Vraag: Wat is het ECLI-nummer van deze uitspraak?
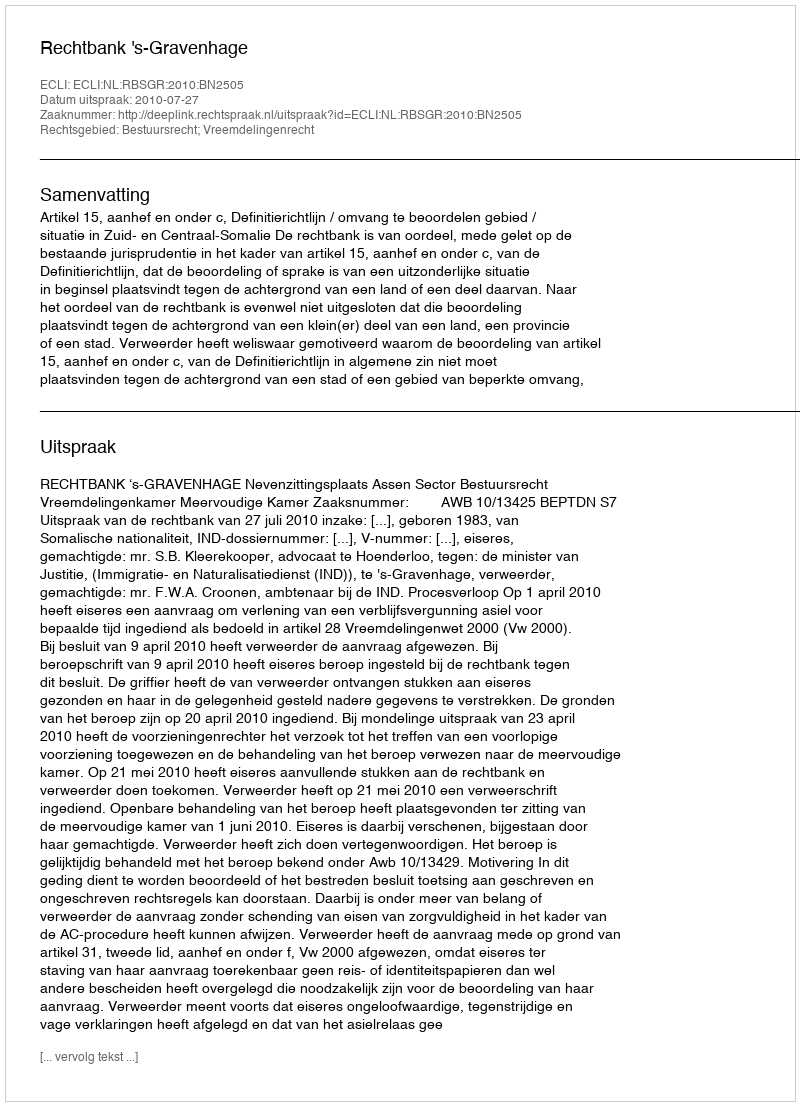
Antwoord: ECLI:NL:RBSGR:2010:BN2505